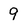
Character: 9